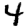
Digit: 4